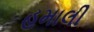
હમાલી